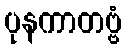
ပုနကာတဗ္ဗံ